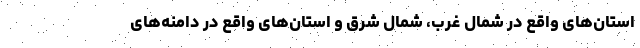
استان‌های واقع در شمال غرب، شمال شرق و استان‌های واقع در دامنه‌های